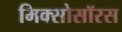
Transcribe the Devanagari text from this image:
मिक्सोसॉरस